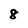
Character: 8